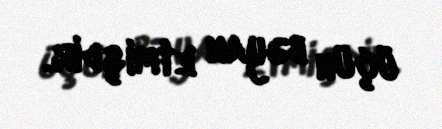
üçün bəyan etmişdir.